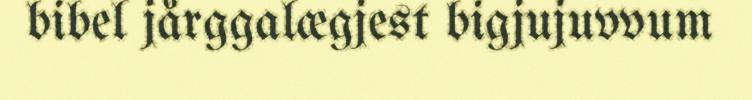
bibel jårggalægjest bigjujuvvum